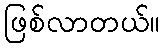
ဖြစ်လာတယ်။